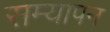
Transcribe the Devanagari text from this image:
सम्यापन